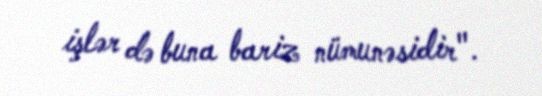
işlər də buna bariz nümunəsidir".